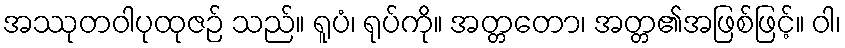
အဿုတဝါပုထုဇဉ် သည်။ ရူပံ၊ ရုပ်ကို။ အတ္တတော၊ အတ္တ၏အဖြစ်ဖြင့်။ ဝါ၊